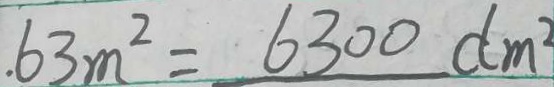
. 6 3 m ^ { 2 } = 6 3 0 0 d m ^ { 2 }